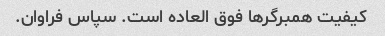
کیفیت همبرگرها فوق العاده است. سپاس فراوان.